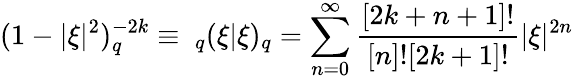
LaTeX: (1-|\xi|^{2})_{q}^{-2k}\equiv\ _{q}(\xi|\xi)_{q}=\sum_{n=0}^{\infty}\frac{[2k+n+1]!}{[n]![2k+1]!}|\xi|^{2n}